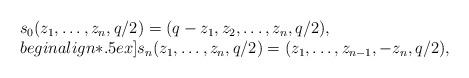
LaTeX: \begin{gather*}\begin{array}{l} s_0(z_1,\dots,z_n,q/2) = (q-z_1,z_2,\dots,z_n,q/2), \\begin{align*}.5ex] s_n(z_1,\dots,z_n,q/2) = (z_1,\dots,z_{n-1},-z_n,q/2),\end{array}\end{gather*}